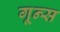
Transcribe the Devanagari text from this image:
गून्स